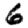
Digit: 6